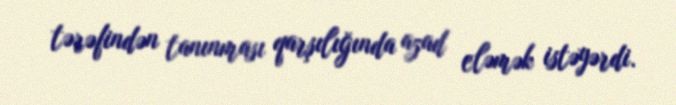
tərəfindən tanınması qarşılığında azad eləmək istəyərdi.